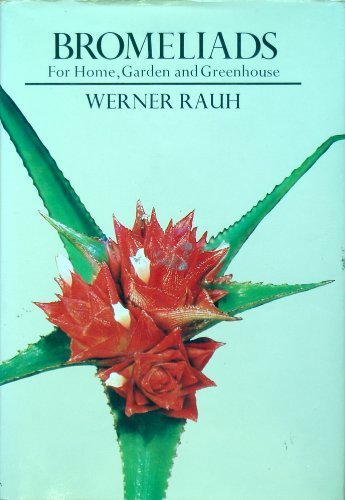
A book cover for Bromeliads For Home, Garden and Greenhouse; Werner Rauh; Crafts, Hobbies & Home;